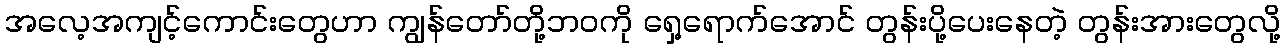
အလေ့အကျင့်ကောင်းတွေဟာ ကျွန်တော်တို့ဘဝကို ရှေ့ရောက်အောင် တွန်းပို့ပေးနေတဲ့ တွန်းအားတွေလို့